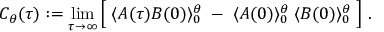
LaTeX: C _ { \theta } ( \tau ) : = \operatorname * { l i m } _ { \tau \rightarrow \infty } \Big [ \; \langle { \cal A } ( \tau ) { \cal B } ( 0 ) \rangle _ { 0 } ^ { \theta } \; - \; \langle { \cal A } ( 0 ) \rangle _ { 0 } ^ { \theta } \; \langle { \cal B } ( 0 ) \rangle _ { 0 } ^ { \theta } \; \Big ] \; .